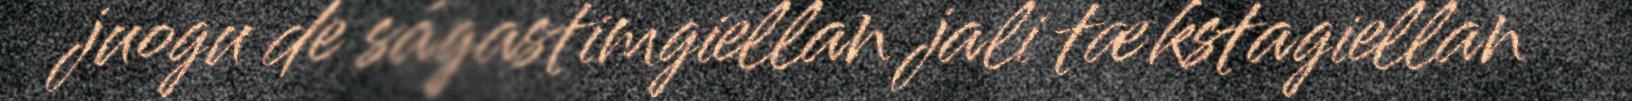
juogu de ságastimgiellan jali tækstagiellan